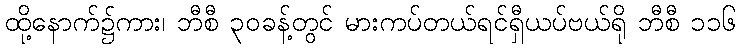
ထို့နောက်၌ကား၊ ဘီစီ ၃၀ခန့်တွင် မားကပ်တယ်ရင်ရှီယပ်ဗယ်ရို ဘီစီ ၁၁၆